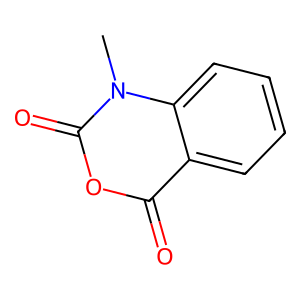
SMILES: Cn1c(=O)oc(=O)c2ccccc21
Inhibits HIV replication: No